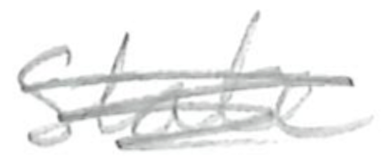
Text: State
Cross-out: scratch
Writing tool: pencil